Report of the Indian Hemp Drugs Commission, 1894-1895 - Volume VI
Year: 1894
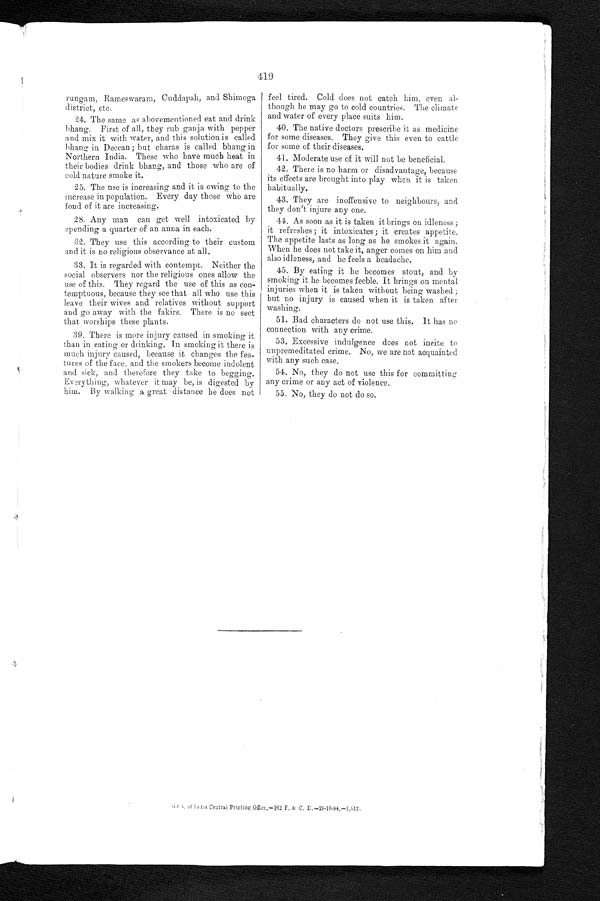
rungam, Rameswaram, Cuddapah, and Shimoga
district, etc.
24. The same as abovementioned eat and drink
bhang. First of all, they rub ganja with pepper
and mix it with water, and this solution is called
bhang in Deccan ; but charas is called bhang in
Northern India. Those who have much heat in
their bodies drink bhang, and those who are of
cold nature smoke it.
25. The use is increasing and it is owing to the
increase in population. Every day those who are
fond of it are increasing.
28. Any man can get well intoxicated by
spending a quarter of an anna in each.
32. They use this according to their custom
and it is no religious observance at all.
33. It is regarded with contempt. Neither the
social observers nor the religious ones allow the
use of this. They regard the use of this as con-
temptuous, because they see that all who use this
leave their wives and relatives without support
and go away with the fakirs. There is no sect
that worships these plants.
39. There is more injury caused in smoking it
than in eating or drinking. In smoking it there is
much injury caused, because it changes the fea-
tures of the face, and the smokers become indolent
and sick, and therefore they take to begging.
Everything, whatever it may be, is digested by
him By walking a great
d i s t a n c e
h e d o e s n o t
feel tired. Cold does not catch him, even al-
though he may go to cold countries. The climate
and water of every place suits him.
40. The native doctors prescribe it as medicine
for some diseases. They give this even to cattle
for some of their diseases.
41. Moderate use of it will not be beneficial.
42. There is no harm or disadvantage, because
its effects are brought into play when it is taken
habitually.
43. They are inoffensive to neighbours, and
they don't injure any one.
44. As soon as it is taken it brings on idleness ;
it refreshes ; it intoxicates; it creates appetite.
The appetite lasts as long as he smokes it again.
When he does not take it, anger comes on him and
also idleness, and he feels a headache.
45. By eating it he becomes stout, and by
smoking it he becomes feeble. It brings on mental
injuries when it is taken without being washed ;
but not injury is caused when it is taken after
washing.
51. Bad characters do not use this. It has no
connection with any crime.
53. Excessive indulgence does not incite to
unpremeditated crime. No, we are not acquainted
with any such case.
54. No, they do not use this for committing
any crime or any act of violence.
55. No, they do not do so.
G o . 4 o f I n d i a C e n t r a l P r i n t i n g O f f i c e — 1 6 2 F . & C . D . — 2 9 - 1 0 . 9 4 . — 1 , 5 1 2 .